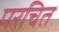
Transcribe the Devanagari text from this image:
परचित